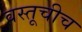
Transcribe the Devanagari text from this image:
वस्तूचीच